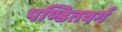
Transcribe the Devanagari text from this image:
पण्डितवर्ग